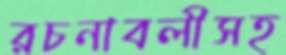
রচনাবলীসহ